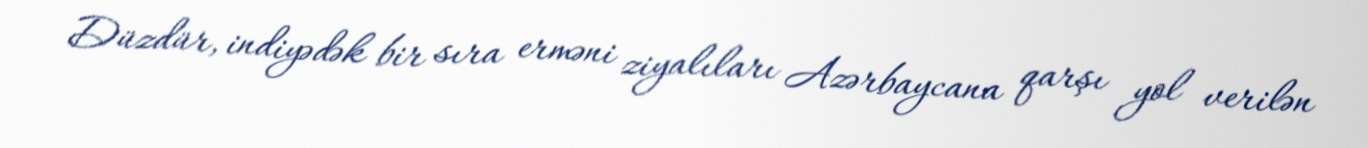
Düzdür, indiyədək bir sıra erməni ziyalıları Azərbaycana qarşı yol verilən